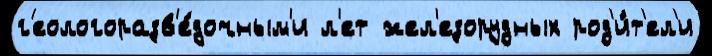
г'еологоразв'е́дочным'и л'ет жел'езорудных род'и́т'ел'и